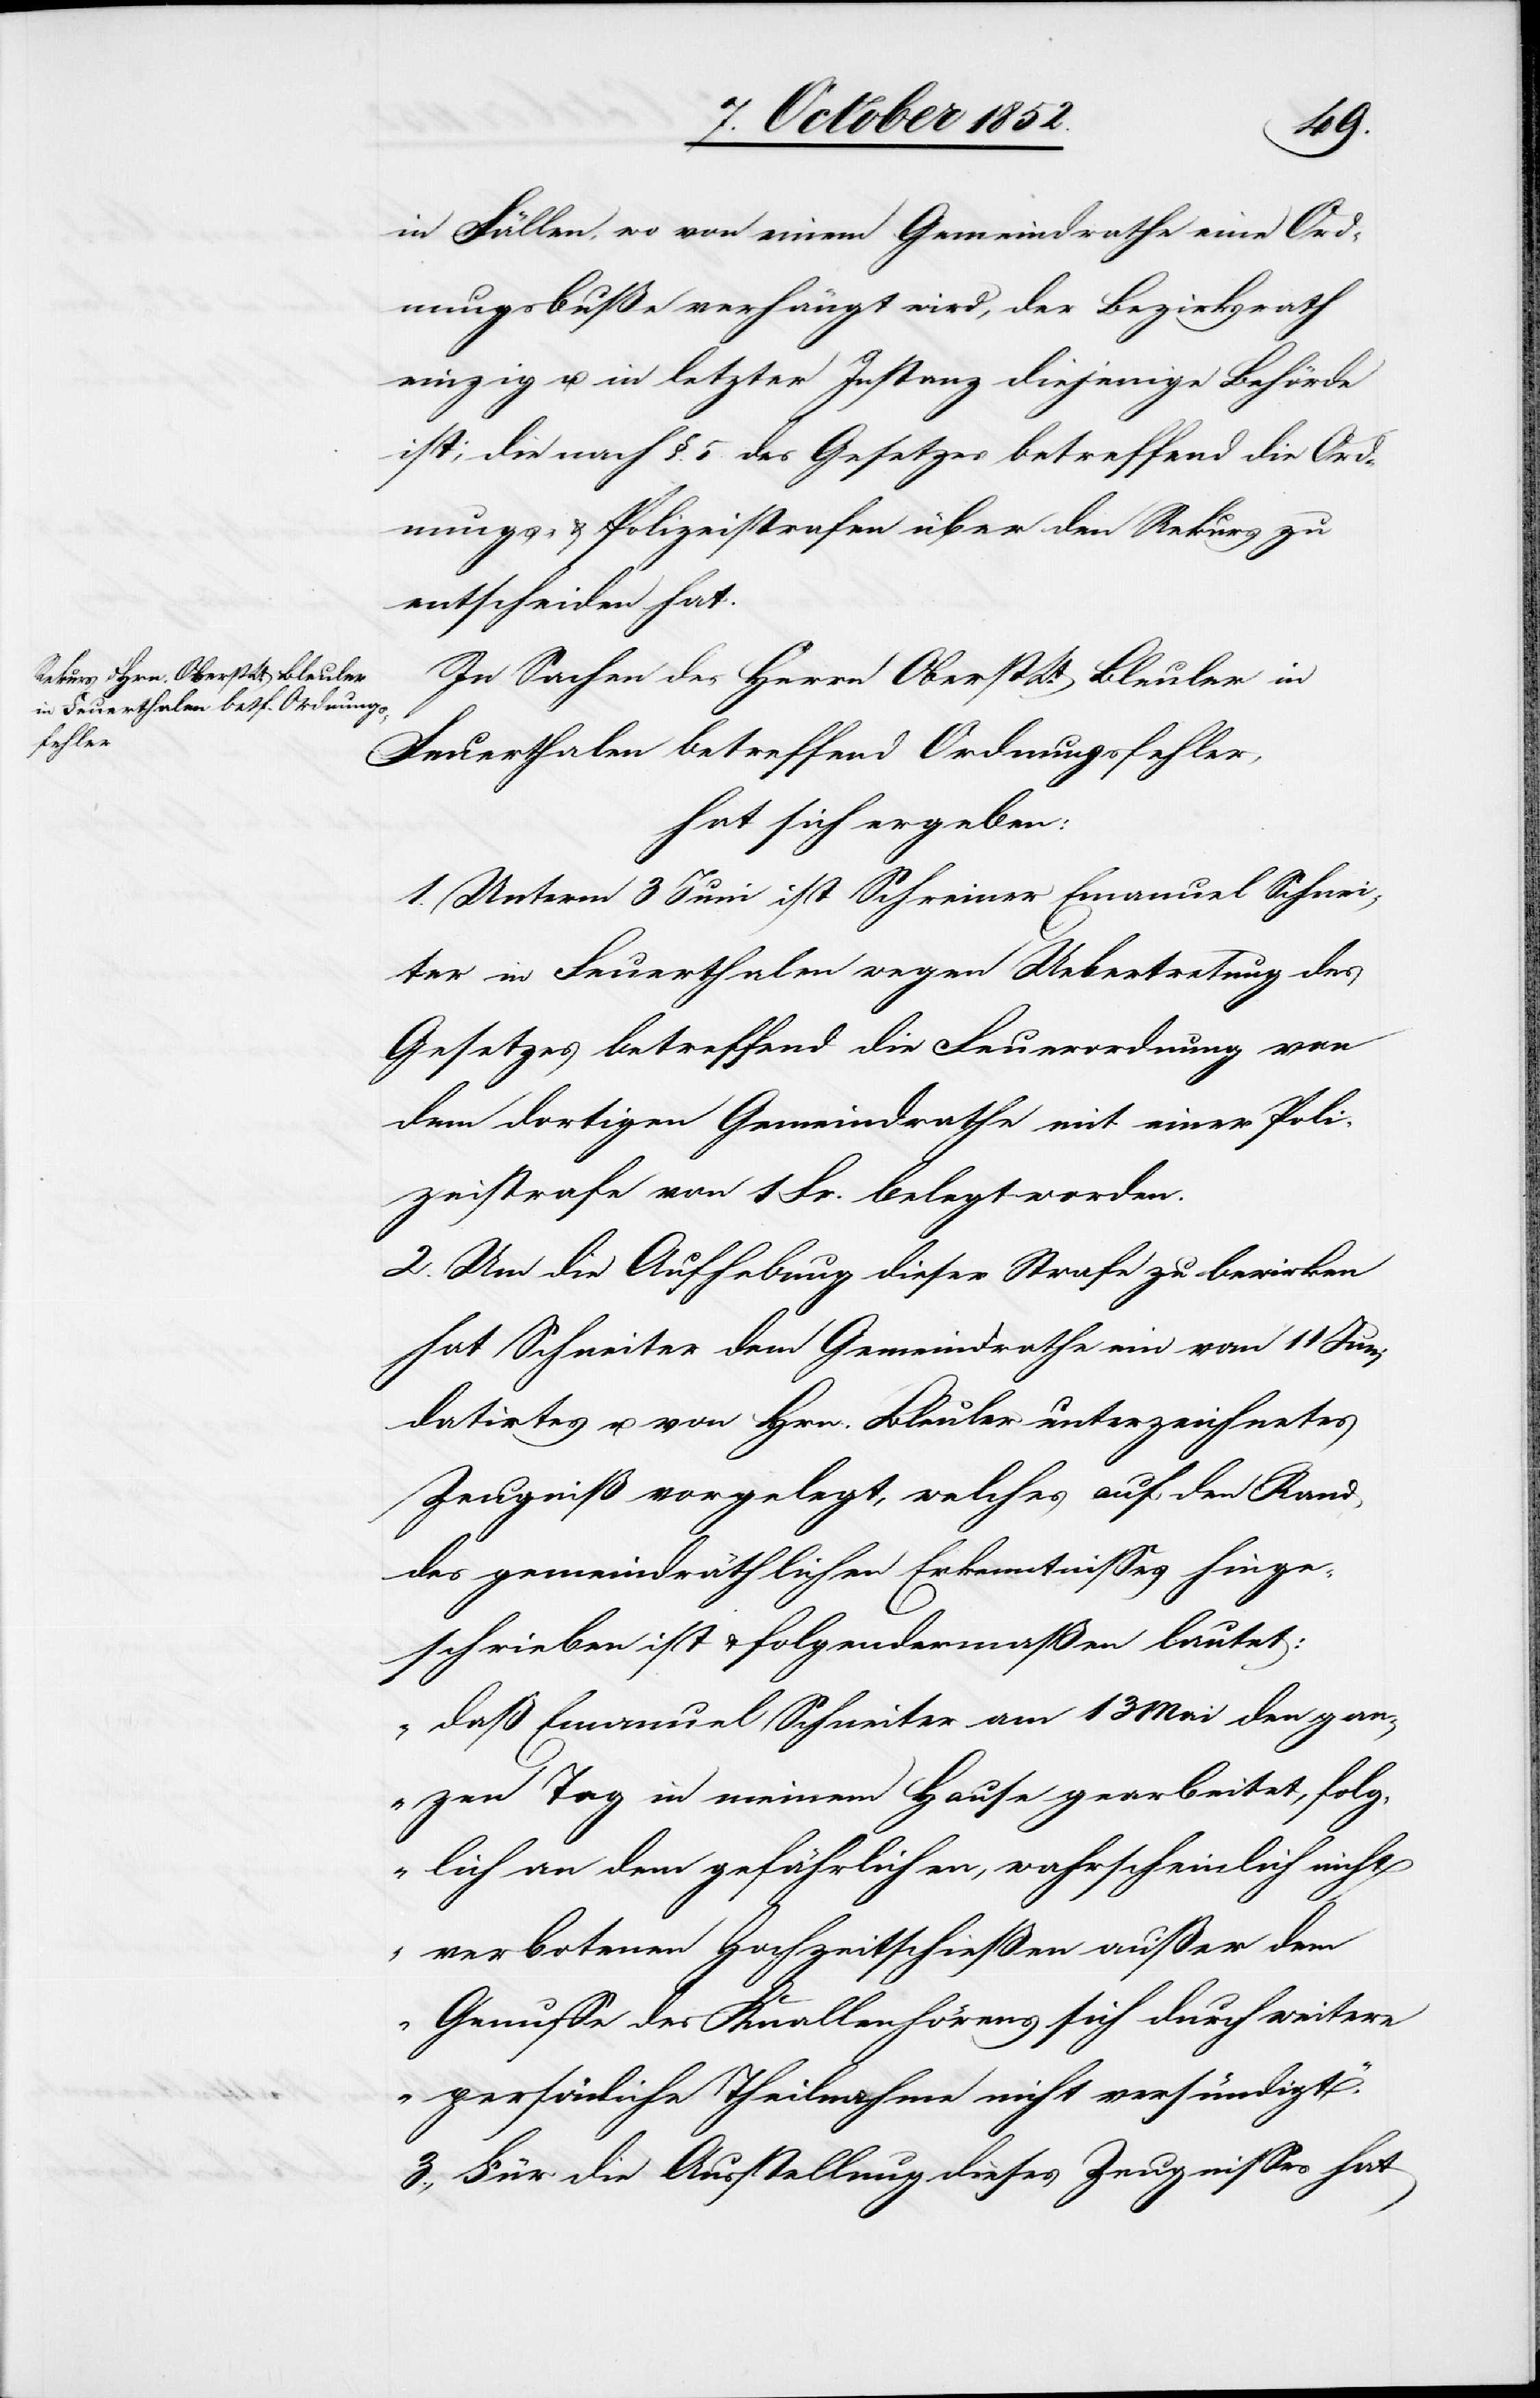
in Fällen, wo von einem Gemeindrathe eine Ord¬
nungsbuße verhängt wird, der Bezirksrath
einzig u. in letzter Instanz diejenige Behörde
ist, die nach §. 5. des Gesetzes betreffend die Ord¬
nungs- & Polizeistrafen über den Rekurs zu
entscheiden hat.
In Sachen des Herrn Oberst[-]Lt. Bleuler in
Feuerthalen betreffend Ordnungsfehler,
hat sich ergeben:
1. Unterm 3 Juni ist Schreiner Emanuel Schnei¬
ter in Feuerthalen wegen Uebertretung des
Gesetzes betreffend die Feuerordnung von
dem dortigen Gemeindrathe mit einer Poli¬
zeistrafe von 1 Fr. belegt worden.
2. Um die Aufhebung dieser Strafe zu bewirken
hat Schneiter dem Gemeindrathe ein vom 11 Juni
datirtes u. von Hrn. Bleuler unterzeichnetes
Zeugniß vorgelegt, welches auf den Rand
des gemeindräthlichen Erkenntnisses hinge¬
schrieben ist & folgendermaßen lautet:
„daß Emanuel Schneiter am 13 Mai den gan¬
zen Tag in meinem Hause gearbeitet, folg¬
lich an dem gefährlichen, wahrscheinlich nicht
verbotenen Hochzeitschießen außer dem
Genusse des Knallenhörens sich durch weitere
persönliche Theilnahme nicht versündigt.“
3., Für die Ausstellung dieses Zeugnisses hat